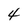
Character: 4